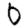
Digit: 0